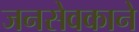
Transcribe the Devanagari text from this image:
जनसेवकाने